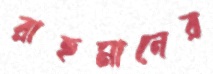
রাহমানের